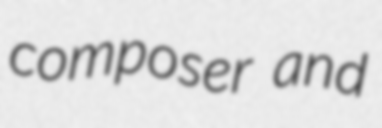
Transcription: composer and